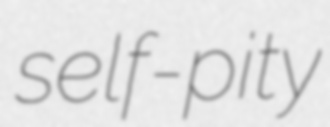
self-pity